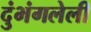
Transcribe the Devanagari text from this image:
दुंभंगलेली